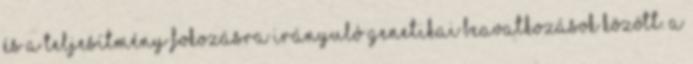
és a teljesítmény fokozásra irányuló genetikai beavatkozások között. A